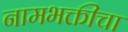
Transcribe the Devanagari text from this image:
नामभक्तीचा